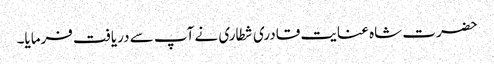
حضرت شاہ عنایت قادری شطاری نے آپ سے دریافت فرمایا۔